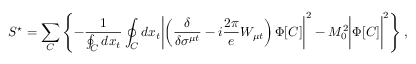
S ^ { \star } = \sum _ { C } \left\{ - \frac { 1 } { \oint _ { C } d x _ { t } } \oint _ { C } d x _ { t } \biggl | \left( \frac { \delta } { \delta \sigma ^ { \mu t } } - i \frac { 2 \pi } { e } W _ { \mu t } \right) \Phi [ C ] \biggr | ^ { 2 } - M _ { 0 } ^ { 2 } \biggl | \Phi [ C ] \biggr | ^ { 2 } \right\} ,